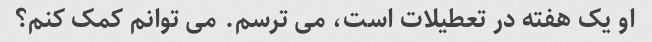
او یک هفته در تعطیلات است، می ترسم. می توانم کمک کنم؟